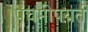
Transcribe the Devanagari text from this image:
पंचमीपयर्त